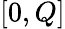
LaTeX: [0,Q]